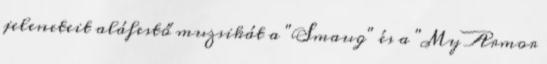
jeleneteit aláfestő muzsikát a "Smaug" és a "My Armor